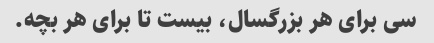
سی برای هر بزرگسال، بیست تا برای هر بچه.